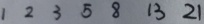
1 2 3 5 8 1 3 2 1